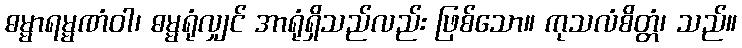
ဓမ္မာရမ္မဏံဝါ၊ ဓမ္မရုံလျှင် အာရုံရှိသည်လည်း ဖြစ်သော။ ကုသလံစိတ္တံ၊ သည်။